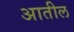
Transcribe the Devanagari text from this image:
अातील